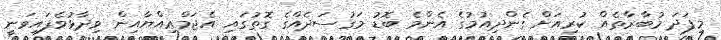
މިފަދަ މުބާރާތެއް ކުރިއަށް ގެންދިއުމުގެ އެންމެ ބޮޑު މަގުސަދެއްގެ ގޮތުގައި އެޖަމްޢިއްޔާއިން ވިދާޅުވެފައިވަނީ